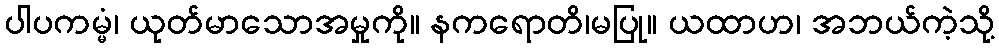
ပါပကမ္မံ၊ ယုတ်မာသောအမှုကို။ နကရောတိ၊မပြု။ ယထာဟ၊ အဘယ်ကဲ့သို့